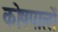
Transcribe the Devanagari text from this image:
कोषपालों